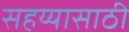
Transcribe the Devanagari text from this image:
सहय्यासाठी